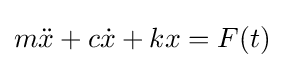
m{\ddot {x}}+c{\dot {x}}+kx=F(t)